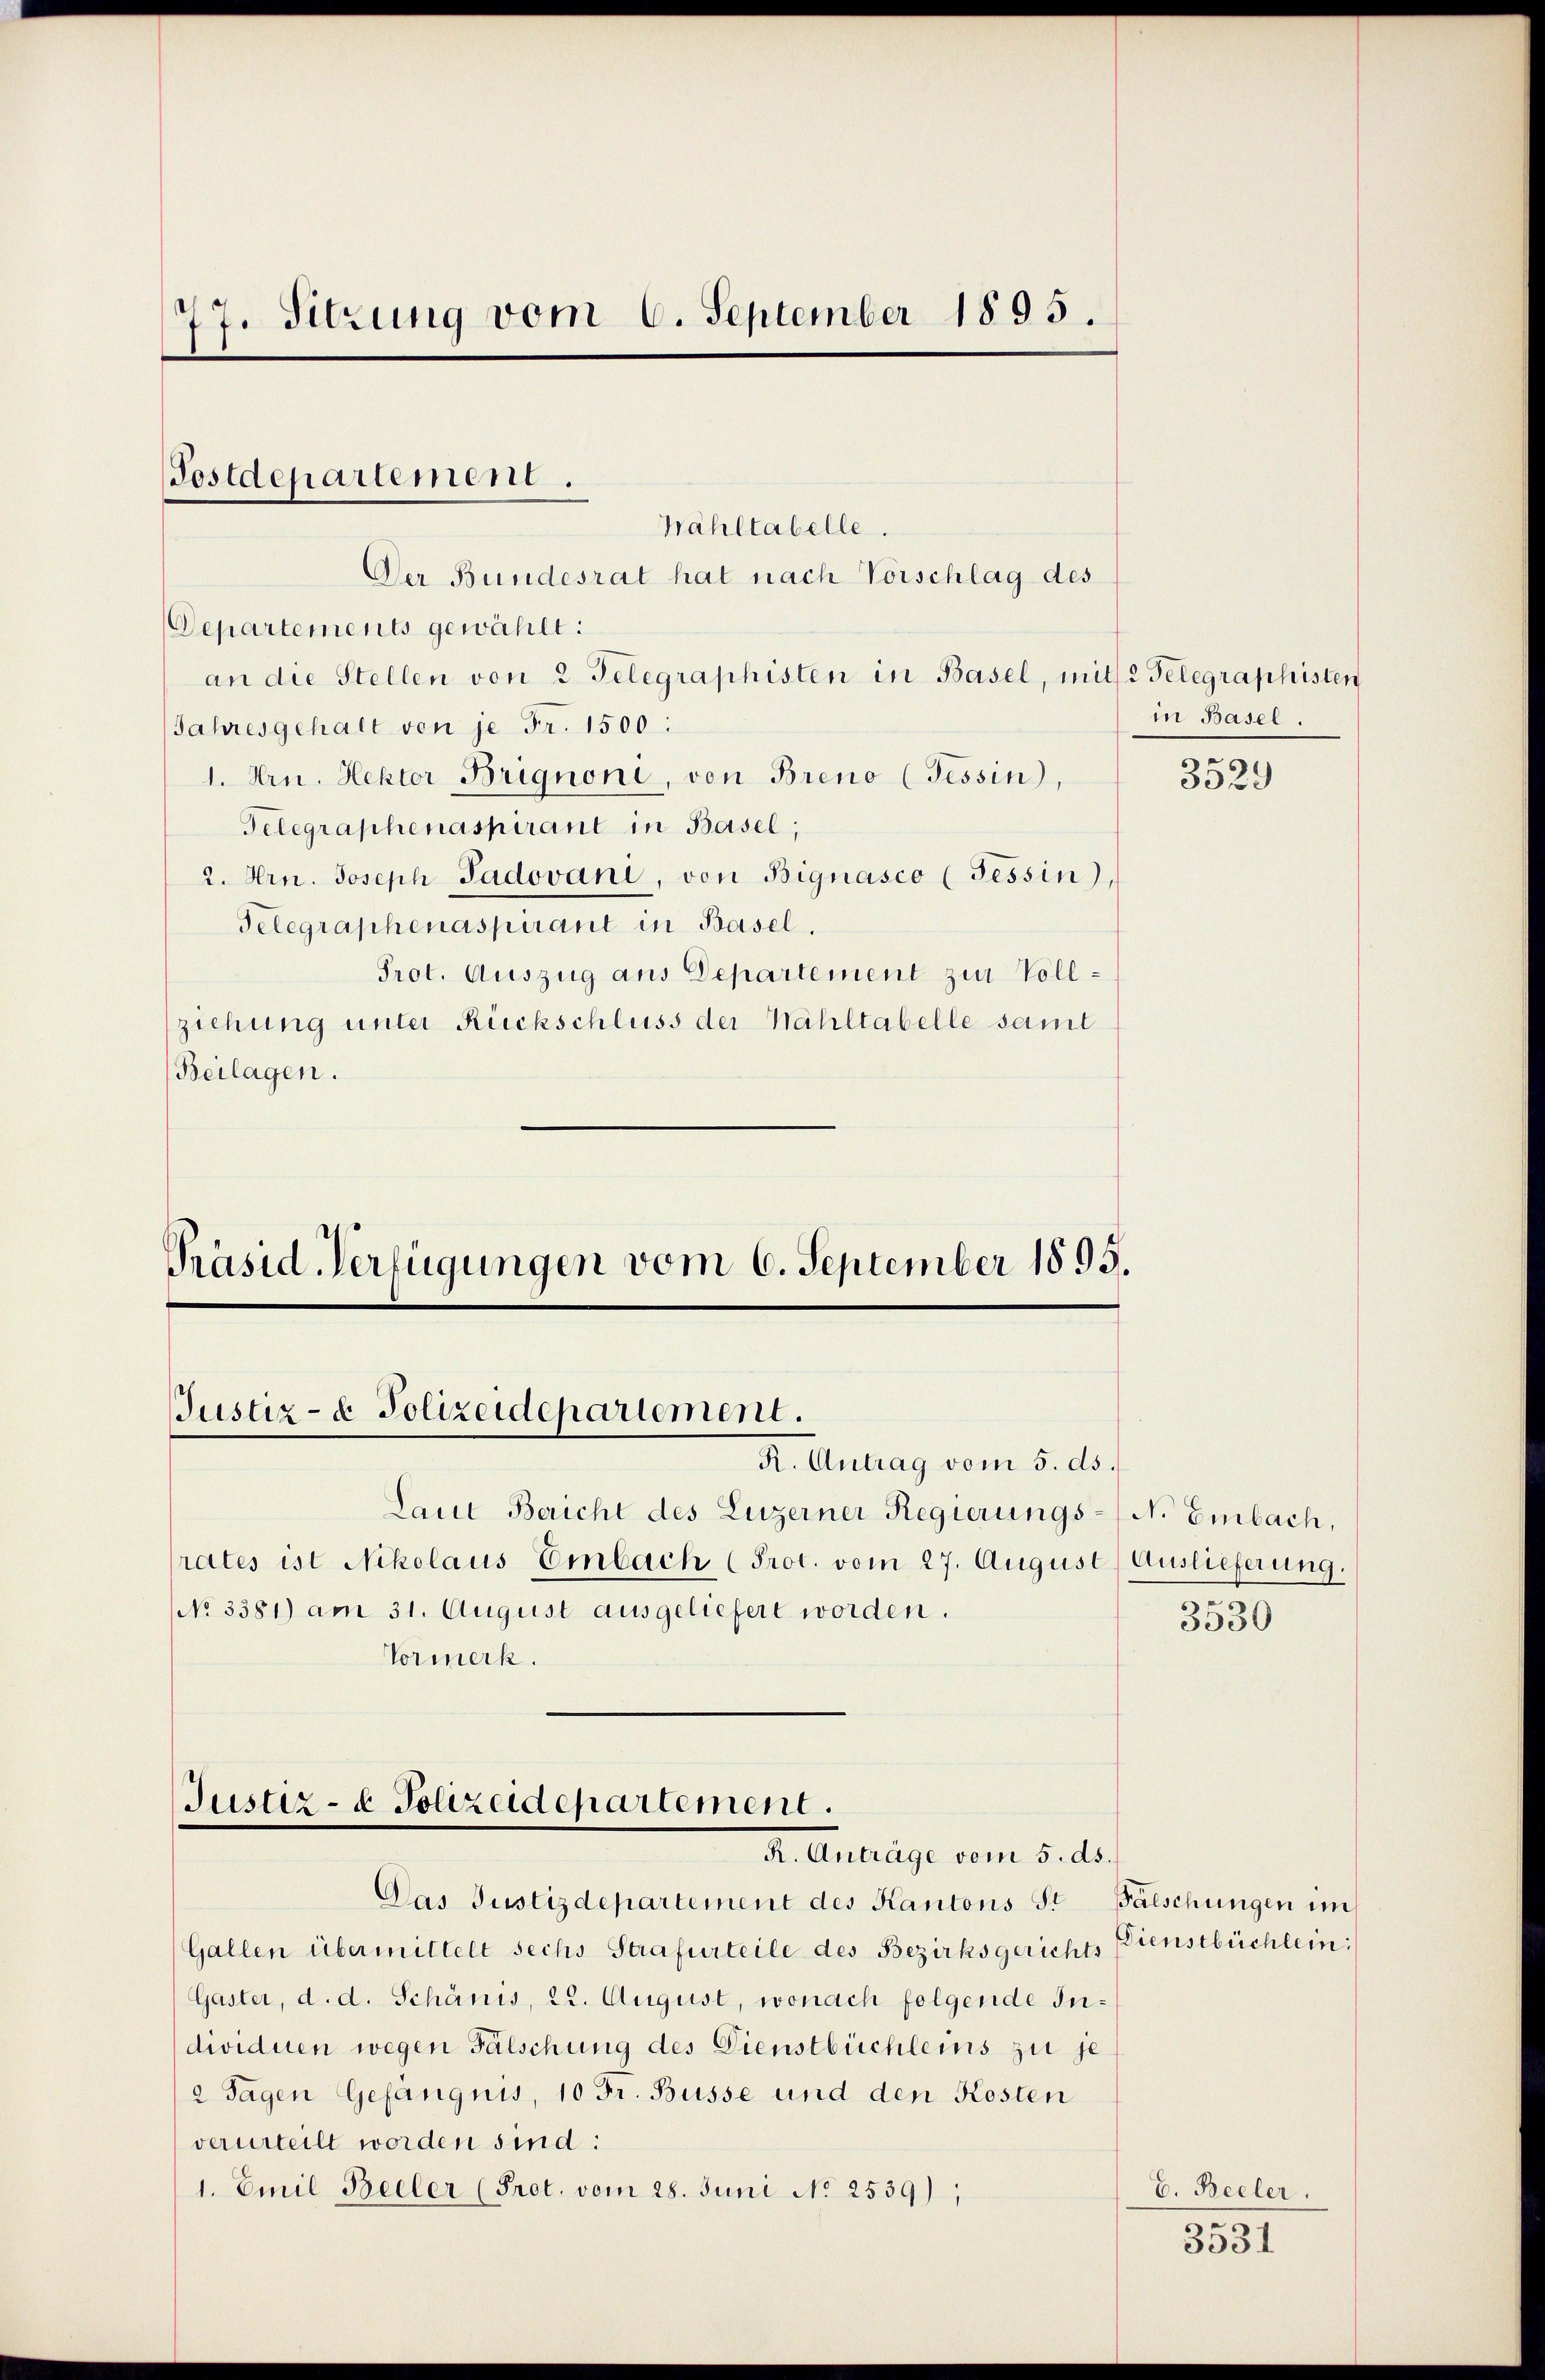
77. Sitzung vom 6. September 1895.

Der Bundesrat hat nach Vorschlag des
Departements gewählt:
an die Stellen von 2 Telegraphisten in Basel, mit 2 Telegraphisten
Jahresgehalt von je Fr. 1500:
1. Hrn. Hektor Brignoni, von Breno (Tessin,
Telegraphenaspirant in Basel;
2. Hrn. Joseph Padovani, von Bignasco (Tessin),
Telegraphenaspirant in Basel.
Prot. Auszug aus Departement zur Vollziehung unter Rückschluss der Wahltabelle samt
Beilagen.

Postdepartement.
Wahltabelle.

Präsid. Verfügungen vom 6. September 1895.
Justiz- & Polizeidepartement.
R. Antrag vom 5. ds.

Justiz- & Polizeidepartement.
R. Anträge vom 5. ds.

Laut Bericht des Luzerner Regierungs- (N. Embach,
rates ist Nikolaus Einbach (Prot. vom 27. August
No 3381) am 31. August ausgeliefert worden.
Vormerk.

Das Justizdepartement des Kantons Sr Falschungen im
Gallen übermittelt sechs Strafurteile des Bezirksgerichts Dienstbüchlein:
Gaster, d. d. Schänis, 22. August, wonach folgende Individuen wegen Fälschung des Dienstbüchleins zu je
2 Tagen Gefängnis, 10 Fr. Busse und den Kosten
verurteilt worden sind:
1. Emil Beeler (Prot. vom 28. Juni No 2539),

in Basel.

3529

Auslieferung.

3530

E. Beeler.
ger

3331